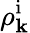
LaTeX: \rho_{\mathbf{k}}^{\mathrm{i}}